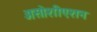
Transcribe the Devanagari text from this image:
असोशीएशन